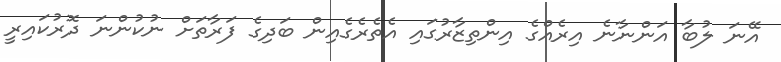
އޭނަ ލުބާ އަންނާނެ އިރެއްގެ އިންތިޒާރުގައި އެތެރެގެއިން ބަދިގެ ފަރާތަށް ނުކުންނަ ދޮރުކައިރީ